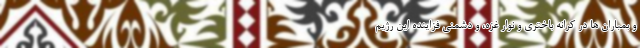
و بمباران ها در کرانه باختری و نوار غزه، و دشمنی فزاینده این رژیم